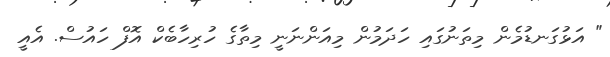
" އަޅުގަނޑުމެން މިތަނުގައި ހަދަމުން މިއަންނަނީ މިތާގެ ހުރިހާބެކް އޮފް ހައުސް. އެއީ